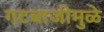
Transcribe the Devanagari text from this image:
गटबाजीमुळे